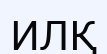
ИЛҚ